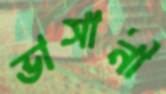
ভাসানী